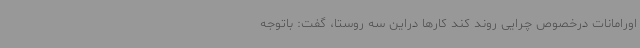
اورامانات درخصوص چرایی روند کند کارها دراین سه روستا، گفت: باتوجه